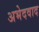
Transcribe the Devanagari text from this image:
अभेदवाद